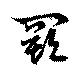
闕